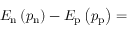
E _ { \mathrm { n } } \left( p _ { \mathrm { n } } \right) - E _ { \mathrm { p } } \left( p _ { \mathrm { p } } \right) =